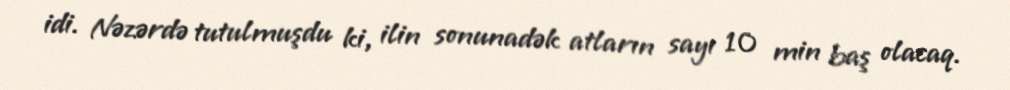
idi. Nəzərdə tutulmuşdu ki, ilin sonunadək atların sayı 10 min baş olacaq.